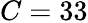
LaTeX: C=33